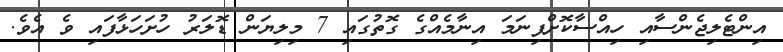
އިންޓެލިޖެންސާއި ހިއްސާކޮށްފިނަމަ އިނާމެއްގެ ގޮތުގައި 7 މިލިޔަން ޑޮލަރު ހުށަހަޅާފައި ވެ އެވެ.